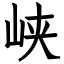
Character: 峡